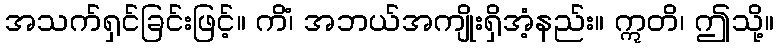
အသက်ရှင်ခြင်းဖြင့်။ ကိံ၊ အဘယ်အကျိုးရှိအံ့နည်း။ ဣတိ၊ ဤသို့။